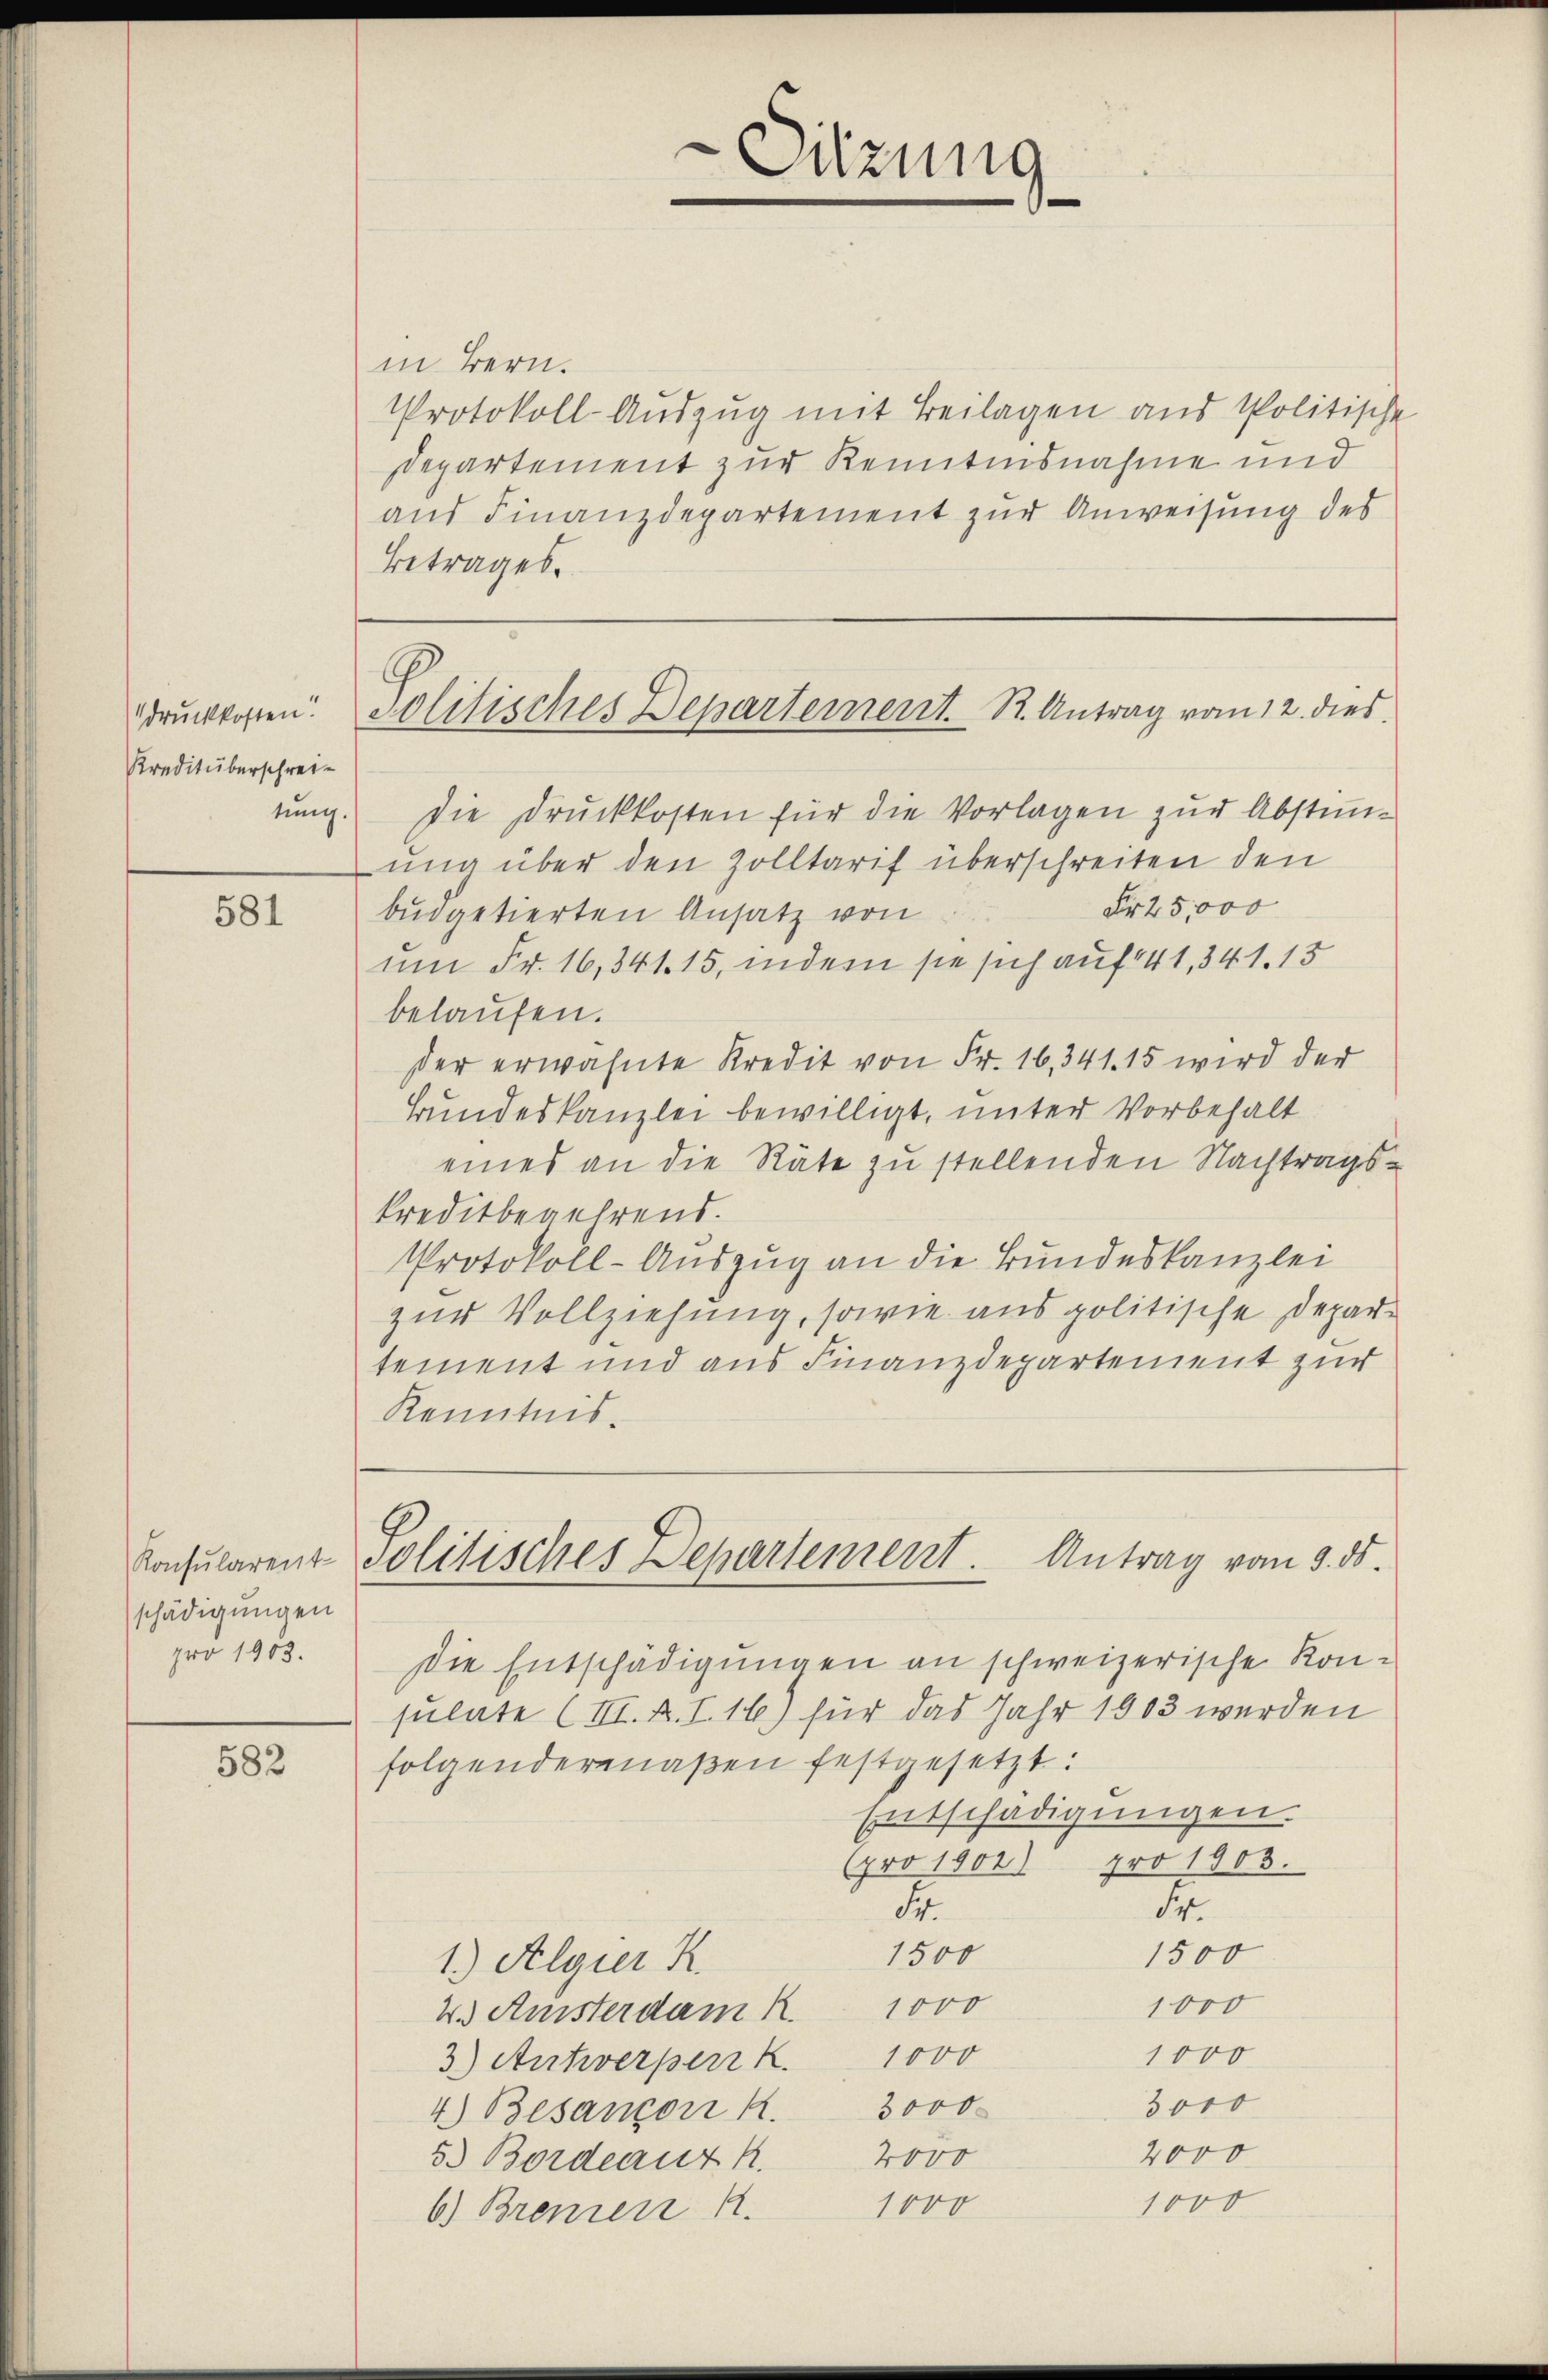
druckkosten!
Kreditüberschrei¬

581

Konsularent-
schädigungen
pro 1903.

582

in Bern.
Protokoll-Auszug mit Beilagen und Politische
departement zur Kenntensnahme und
aus Finanzdepartement zur Anweisung des
Betrages.

tŭng. Die Druckkosten für die Vorlagen zur Abstimm-
ung über den Zolltarif überschreiten den
Nr 25,000
büdgetierten Ansatz von
um Fr. 16,341. 15, indem sie sich auf 141, 341. 13
belaufen.
der erwähnte Kredit von Fr. 16,341. 15 wird der
Bundeskanzlei bewilligt, unter Vorbehalt
eines an die Räte zu stellenden Nachtragskreditbegehrend.
Protokoll-Auszug an die Bundeskanzlei
zur Vollziehung, sowie aus politische Departement und aus Finanzdepartement zur
Kenntnis.

Sitzung

Politisches Departement. R. Antrag vom 12. dies

Politisches Departement. Antrag vom 9. ds.

Die Entschädigungen an schweizerische Konsulate (III. R. I. 16) für das Jahr 1803 werden
folgendermaßen festgesetzt:
Entschädigungen.
(pro 1902) pro 1903.
.
Sr
1500
1500
1.) Algier K.
1000
4. Aussterdam R. 1000
1000
3) Antwerper k. 1000
3000
4.) Besançon R. 3000
2000
2000
53 Bordeauz R.
1000
1000
6) Brennen A